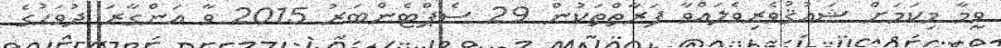
ވީމާ މިކަމަށް ޝައުޤުވެރިވެލައްވާ ފަރާތްތަކުން 29 ސެޕްޓެންބަރު 2015 ވާ އަންގާރަ ދުވަހުގެ